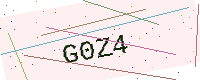
Text: G0Z4